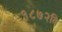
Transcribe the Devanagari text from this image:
१८७२वि